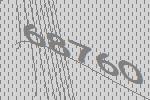
68760